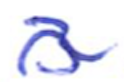
Text: 3
Cross-out: wave
Writing tool: ballpoint